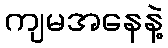
ကျမအနေနဲ့